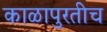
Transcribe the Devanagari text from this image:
काळापुरतीच